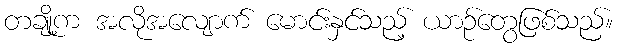
တချို့က အလိုအလျောက် မောင်းနှင်သည့် ယာဉ်တွေဖြစ်သည်။